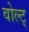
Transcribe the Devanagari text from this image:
वोल्ट्